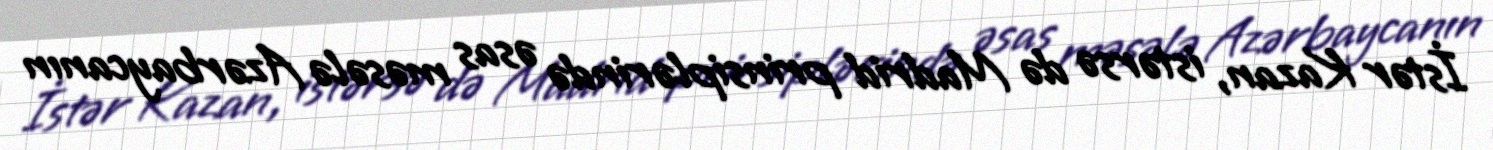
İstər Kazan, istərsə də Madrid prinsiplərində əsas məsələ Azərbaycanın